Vaccination in Bombay 1863-1868 - 1863-1868
Year: 1863
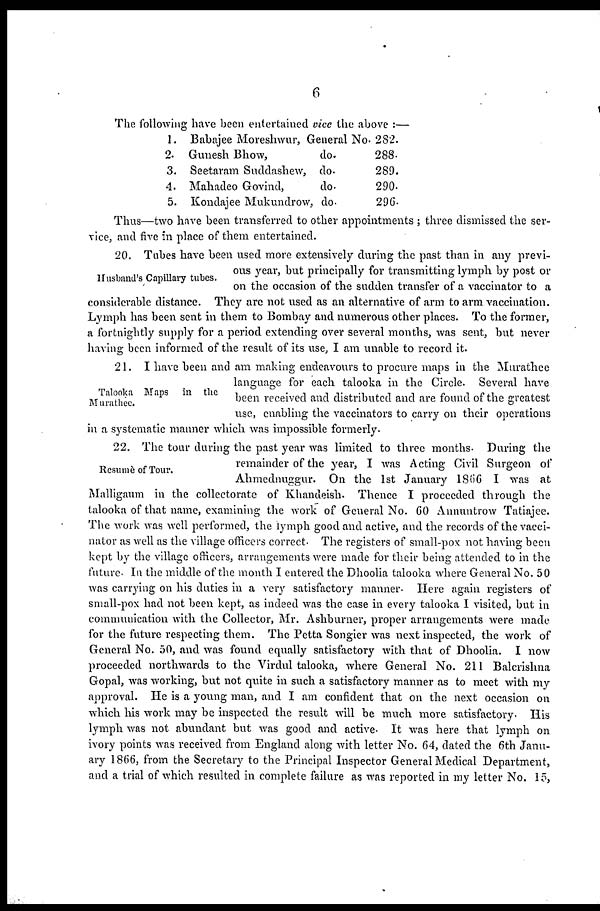
6
The following have been entertained vice the above :—
1.
2.
3.
4.
5.
Babajee Moreshwur, General No.
Gunesh Bhow,
do.
Seetaram Suddashew, do.
Mahadeo Govind,
do.
Kondajee Mukundrow, do.
282.
288.
289.
290.
296.
Thus—two have been transferred to other appointments ; three dismissed the ser-
vice, and five in place of them entertained.
Husband's Capillary tubes.
20. Tubes have been used more extensively during the past than in any previ-
ous year, but principally for transmitting lymph by post or
on the occasion of the sudden transfer of a vaccinator to a
considerable distance. They are not used as an alternative of arm to arm vaccination.
Lymph has been sent in them to Bombay and numerous other places. To the former,
a fortnightly supply for a period extending over several months, was sent, but never
having been informed of the result of its use, I am unable to record it.
Talooka Maps in the
Murathee.
21. I have been and am making endeavours to procure maps in the Murathee
language for each talooka in the Circle. Several have
been received and distributed and are found of the greatest
use, enabling the vaccinators to carry on their operations
in a systematic manner which was impossible formerly.
Resumè of Tour.
22. The tour during the past year was limited to three months. During the
remainder of the year, I was Acting Civil Surgeon of
Ahmednuggur. On the 1st January 1866 I was at
Malligaum in the collectorate of Khandeish. Thence I proceeded through the
talooka of that name, examining the work of General No. 60 Annuntrow Tatiajee.
The work was well performed, the lymph good and active, and the records of the vacci-
nator as well as the village officers correct. The registers of small-pox not having been
kept by the village officers, arrangements were made for their being attended to in the
future. In the middle of the month I entered the Dhoolia talooka where General No. 50
was carrying on his duties in a very satisfactory manner. Here again registers of
small-pox had not been kept, as indeed was the case in every talooka I visited, but in
communication with the Collector, Mr. Ashburner, proper arrangements were made
for the future respecting them. The Petta Songier was next inspected, the work of
General No. 50, and was found equally satisfactory with that of Dhoolia. I now
proceeded northwards to the Virdul talooka, where General No. 211 Balcrishna
Gopal, was working, but not quite in such a satisfactory manner as to meet with my
approval. He is a young man, and I am confident that on the next occasion on
which his work may be inspected the result will be much more satisfactory. His
lymph was not abundant but was good and active. It was here that lymph on
ivory points was received from England along with letter No. 64, dated the 6th Janu-
ary 1866, from the Secretary to the Principal Inspector General Medical Department,
and a trial of which resulted in complete failure as was reported in my letter No. 15,